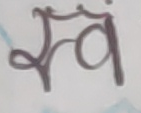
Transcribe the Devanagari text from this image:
संवं